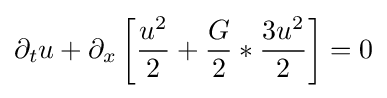
\partial _{t}u+\partial _{x}\left[{\frac {u^{2}}{2}}+{\frac {G}{2}}*{\frac {3u^{2}}{2}}\right]=0